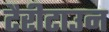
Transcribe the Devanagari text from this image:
टैरीटाउन